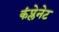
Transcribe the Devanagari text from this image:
कंप्लेनेट